Document type: Dowry acquittance
Year: 1427
Scribe: Pere Tarafa
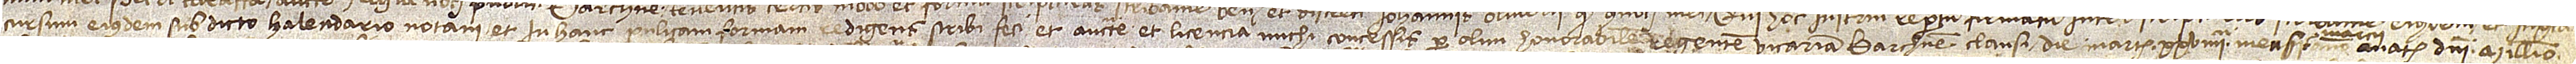
cursum eiusdem sub dicto kalendario notari et in hanc publicam formam redigens scribi feci et auctoritate et licencia michi concessis per olim honorabilem regentem vicariam Barchinone clausi die martis XXVIIIIª mensis ,  anno a Nativitate Domini millesimo